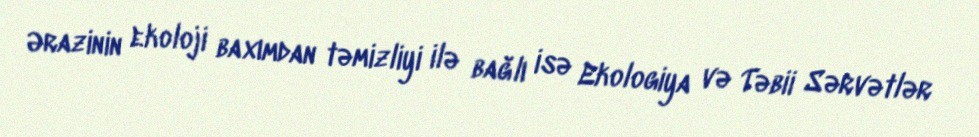
Ərazinin ekoloji baxımdan təmizliyi ilə bağlı isə Ekologiya və Təbii Sərvətlər